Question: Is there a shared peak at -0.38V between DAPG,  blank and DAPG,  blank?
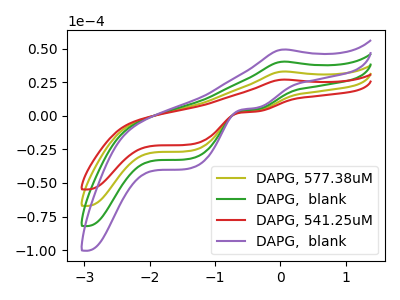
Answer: <think>The olive curve "DAPG, 577.38uM" has an anodic peak at (0.05V, 32.95uA) and cathodic peaks at (-0.40V, 3.85uA) (-1.40V, -26.35uA). The green curve "DAPG,  blank" has an anodic peak at (0.05V, 65.95uA) and cathodic peaks at (-0.40V, 7.70uA) (-1.40V, -52.70uA). The red curve "DAPG, 541.25uM" has an anodic peak at (0.05V, 26.95uA) and cathodic peaks at (-0.40V, 3.15uA) (-1.40V, -21.55uA). The purple curve "DAPG,  blank" has an anodic peak at (0.05V, 98.90uA) and cathodic peaks at (-0.40V, 11.55uA) (-1.40V, -79.00uA).</think>
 <answer>Yes, "DAPG,  blank" and "DAPG,  blank" share a peak at -0.38V.</answer>
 <eval>match</eval>